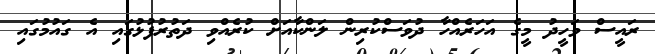
ރައީސް ވަހީދު މީގެ އަހަރެއްހާ ދުވަސްކުރިން ލަންކާއަށް ކުރެއްވި ދަތުރުފުޅުގައި އެ ގައުމުގައި